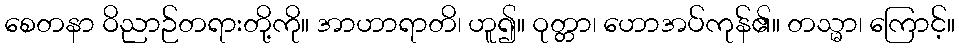
စေတနာ ဝိညာဉ်တရားတို့ကို။ အာဟာရာတိ၊ ဟူ၍။ ဝုတ္တာ၊ ဟောအပ်ကုန်၏။ တသ္မာ၊ ကြောင့်။